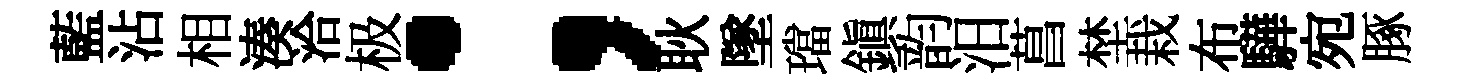
藍沾相湊洽极；耿墜璫鎭韵汨菖埜栽布驊宛䐁